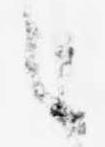
之